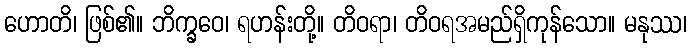
ဟောတိ၊ ဖြစ်၏။ ဘိက္ခဝေ၊ ရဟန်းတို့။ တိဝရာ၊ တိဝရအမည်ရှိကုန်သော။ မနုဿ၊